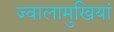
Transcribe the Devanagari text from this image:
ज्वालामुखियां